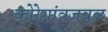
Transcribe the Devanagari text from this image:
कोरेगांवजवळ